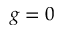
g = 0